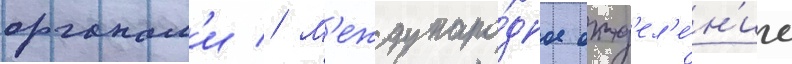
органам'и // М'еждунаро́дное отд'ел'е́н'ие